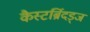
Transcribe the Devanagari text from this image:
कैस्टर्ब्रिदड्ज